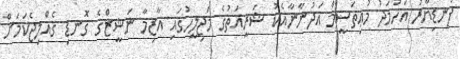
ފަނޑިޔާރު އަހުމަދު މުޢިތަސީމް އަދުނާނާއެކު ޝަރީއަތުގެ މަޖިލީހުގައި އާޒިމާ ނަޝީޒްގެ ގޮނޑި ގެއްލިޖެކަމަށް